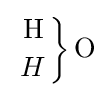
\left.{{\text{H}} \atop {H}}\right\}{\mathrm {O} }